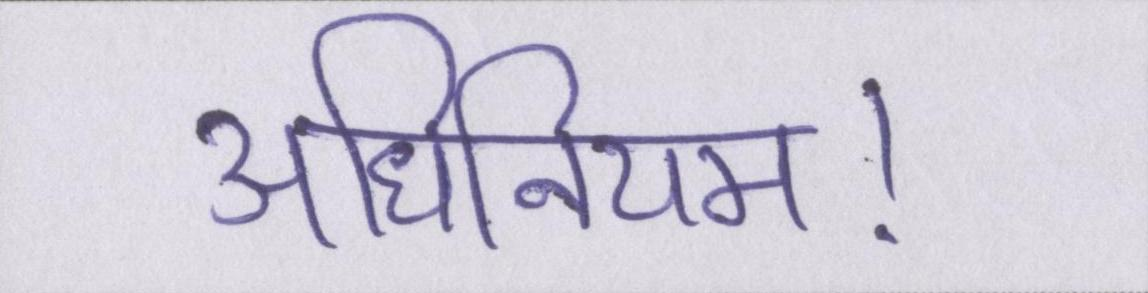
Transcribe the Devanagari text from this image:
अधिनियम।